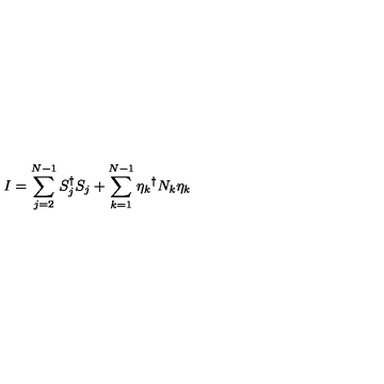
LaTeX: I = \sum _ { j = 2 } ^ { N - 1 } S _ { j } ^ { \dagger } S _ { j } + \sum _ { k = 1 } ^ { N - 1 } { \eta _ { k } } ^ { \dagger } N _ { k } \eta _ { k }